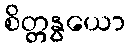
စိတ္တနွယော